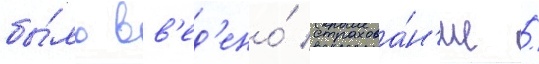
бы́ло вв'ед'ено́ страхова́н'ие /